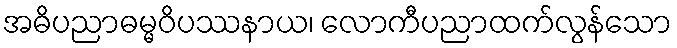
အဓိပညာဓမ္မဝိပဿနာယ၊ လောကီပညာထက်လွန်သော